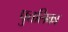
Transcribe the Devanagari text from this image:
पुत्तलिका